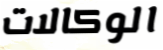
الوكالات